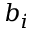
b _ { i }